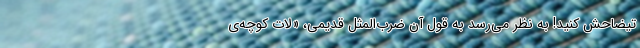
تیضاحش کنید! به نظر می‌رسد به قول آن ضرب‌المثل قدیمی، «لات کوچه‌ی